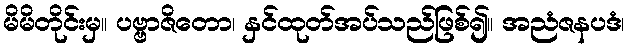
မိမိတိုင်းမှ။ ပဗ္ဗာဇိတော၊ နှင်ထုတ်အပ်သည်ဖြစ်၍။ အညံဇနပဒံ၊